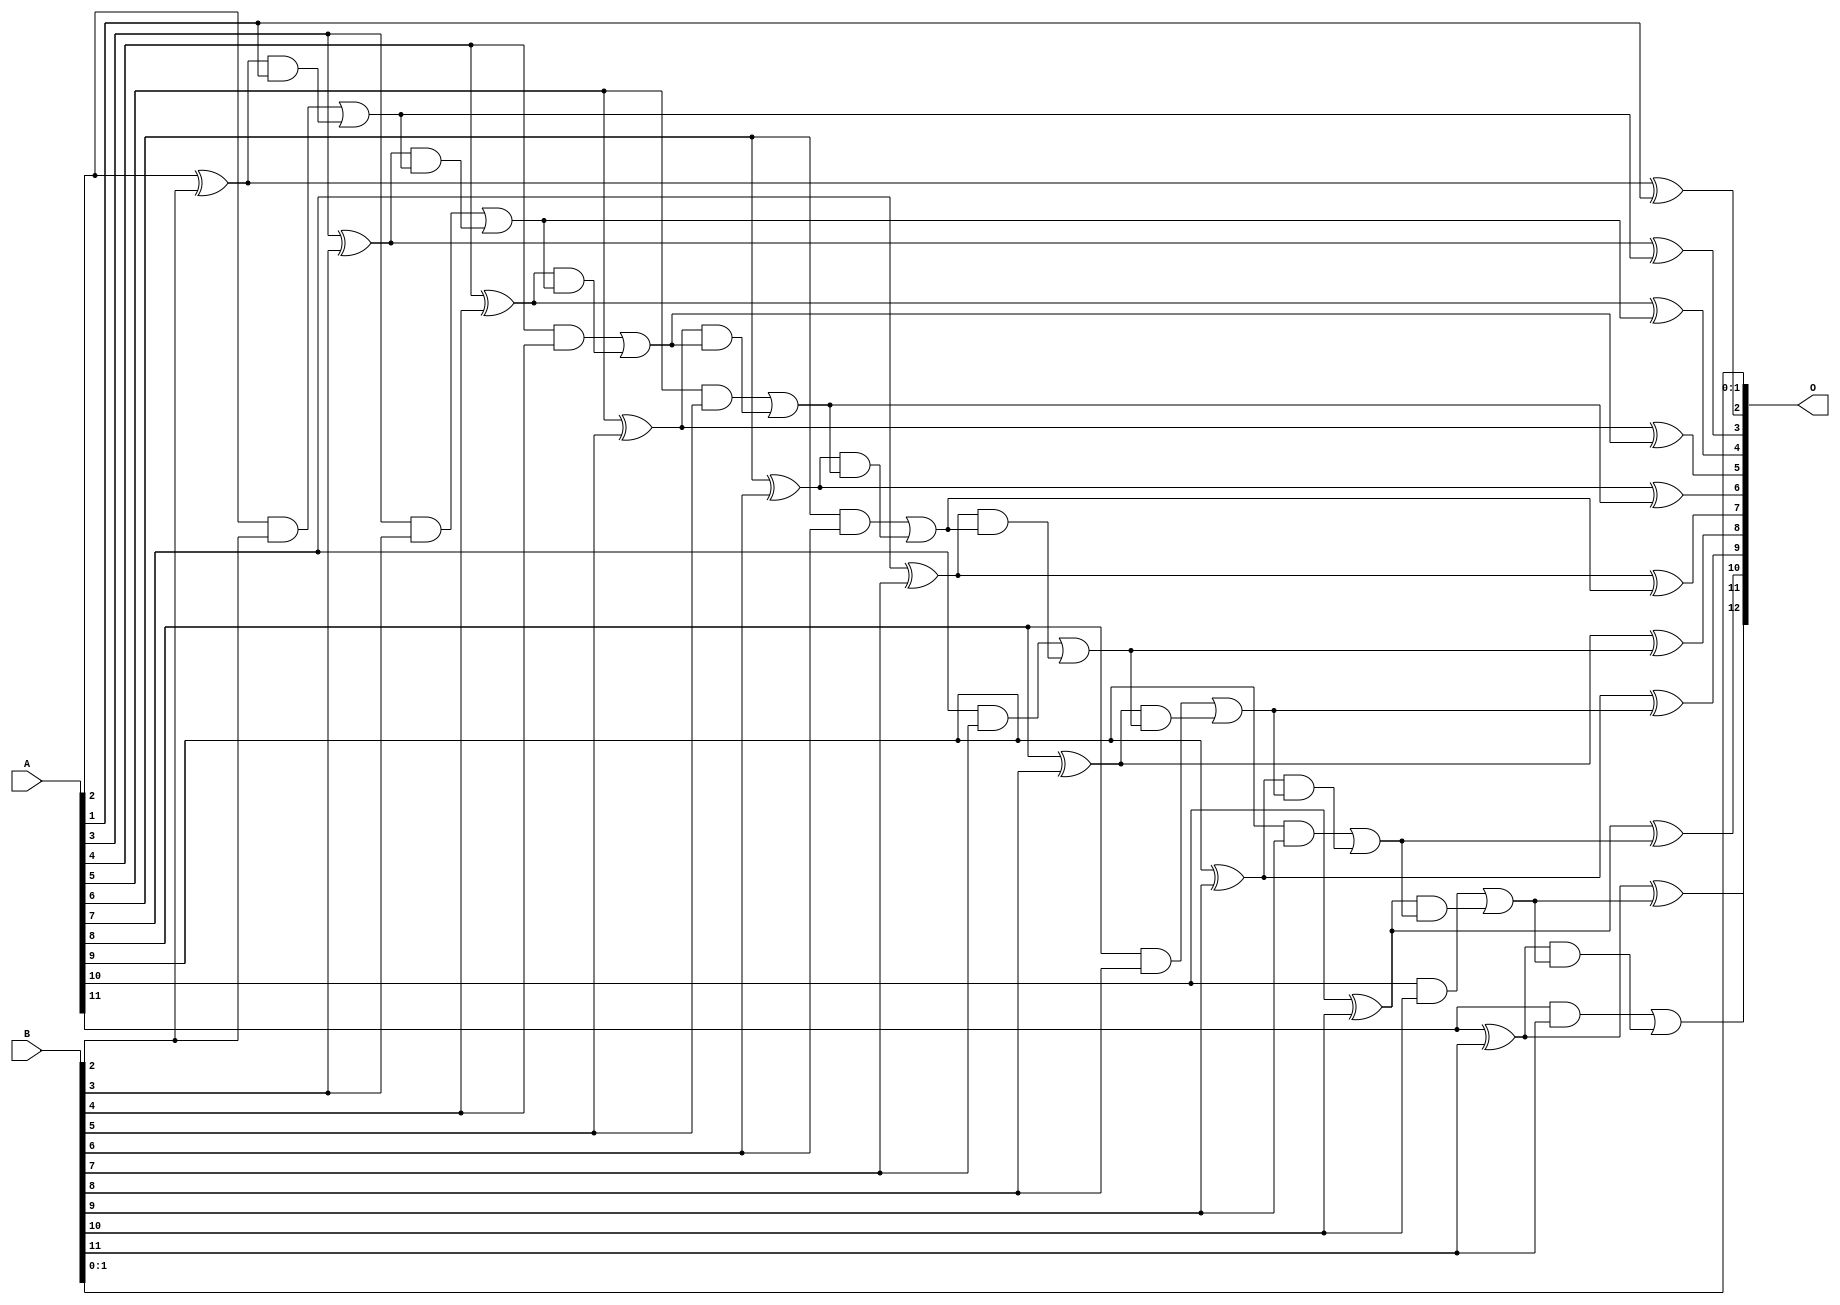
/***
* This code is a part of EvoApproxLib library (ehw.fit.vutbr.cz/approxlib) distributed under The MIT License.
* When used, please cite the following article(s): PRABAKARAN B. S., MRAZEK V., VASICEK Z., SEKANINA L., SHAFIQUE M. ApproxFPGAs: Embracing ASIC-based Approximate Arithmetic Components for FPGA-Based Systems. DAC 2020. 
***/
// MAE% = 0.012 %
// MAE = 1.0 
// WCE% = 0.024 %
// WCE = 2.0 
// WCRE% = 100.00 %
// EP% = 75.00 %
// MRE% = 0.034 %
// MSE = 1.5 
// FPGA_POWER = 0.4
// FPGA_DELAY = 9.7
// FPGA_LUT = 10


module add12u_074(A, B, O);
  input [11:0] A, B;
  output [12:0] O;
  wire sig_31, sig_32, sig_33, sig_35, sig_36, sig_37;
  wire sig_38, sig_40, sig_41, sig_42, sig_43, sig_45;
  wire sig_46, sig_47, sig_48, sig_50, sig_51, sig_52;
  wire sig_53, sig_55, sig_56, sig_57, sig_58, sig_60;
  wire sig_61, sig_62, sig_63, sig_65, sig_66, sig_67;
  wire sig_68, sig_70, sig_71, sig_72, sig_73, sig_75;
  wire sig_76, sig_77, sig_78;
  assign sig_31 = A[2] ^ B[2];
  assign sig_32 = A[2] & B[2];
  assign sig_33 = sig_31 & A[1];
  assign O[2] = sig_31 ^ A[1];
  assign sig_35 = sig_32 | sig_33;
  assign sig_36 = A[3] ^ B[3];
  assign sig_37 = A[3] & B[3];
  assign sig_38 = sig_36 & sig_35;
  assign O[3] = sig_36 ^ sig_35;
  assign sig_40 = sig_37 | sig_38;
  assign sig_41 = A[4] ^ B[4];
  assign sig_42 = A[4] & B[4];
  assign sig_43 = sig_41 & sig_40;
  assign O[4] = sig_41 ^ sig_40;
  assign sig_45 = sig_42 | sig_43;
  assign sig_46 = A[5] ^ B[5];
  assign sig_47 = A[5] & B[5];
  assign sig_48 = sig_46 & sig_45;
  assign O[5] = sig_46 ^ sig_45;
  assign sig_50 = sig_47 | sig_48;
  assign sig_51 = A[6] ^ B[6];
  assign sig_52 = A[6] & B[6];
  assign sig_53 = sig_51 & sig_50;
  assign O[6] = sig_51 ^ sig_50;
  assign sig_55 = sig_52 | sig_53;
  assign sig_56 = A[7] ^ B[7];
  assign sig_57 = A[7] & B[7];
  assign sig_58 = sig_56 & sig_55;
  assign O[7] = sig_56 ^ sig_55;
  assign sig_60 = sig_57 | sig_58;
  assign sig_61 = A[8] ^ B[8];
  assign sig_62 = A[8] & B[8];
  assign sig_63 = sig_61 & sig_60;
  assign O[8] = sig_61 ^ sig_60;
  assign sig_65 = sig_62 | sig_63;
  assign sig_66 = A[9] ^ B[9];
  assign sig_67 = A[9] & B[9];
  assign sig_68 = sig_66 & sig_65;
  assign O[9] = sig_66 ^ sig_65;
  assign sig_70 = sig_67 | sig_68;
  assign sig_71 = A[10] ^ B[10];
  assign sig_72 = A[10] & B[10];
  assign sig_73 = sig_71 & sig_70;
  assign O[10] = sig_71 ^ sig_70;
  assign sig_75 = sig_72 | sig_73;
  assign sig_76 = A[11] ^ B[11];
  assign sig_77 = A[11] & B[11];
  assign sig_78 = sig_76 & sig_75;
  assign O[11] = sig_76 ^ sig_75;
  assign O[12] = sig_77 | sig_78;
  assign O[0] = B[0];
  assign O[1] = B[1];
endmodule